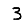
Digit: 3